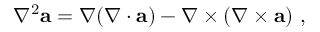
\nabla ^ { 2 } \mathbf { a } = \nabla ( \nabla \cdot \mathbf { a } ) - \nabla \times ( \nabla \times \mathbf { a } ) \ ,